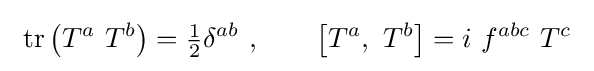
\ \operatorname {tr} \left(T^{a}\ T^{b}\right)={\tfrac {1}{2}}\delta ^{ab}\ ,\qquad \left[T^{a},\ T^{b}\right]=i\ f^{abc}\ T^{c}~